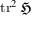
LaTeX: \operatorname { t r } ^ { 2 } { \mathfrak { H } }